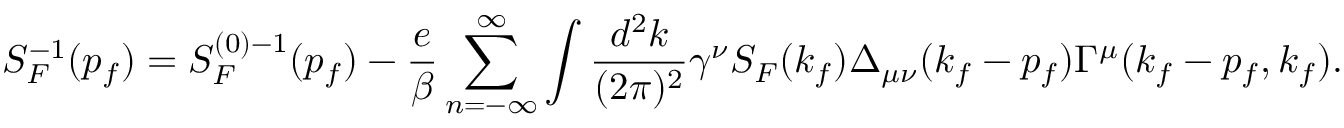
S _ { F } ^ { - 1 } ( p _ { f } ) = S _ { F } ^ { ( 0 ) - 1 } ( p _ { f } ) - { \frac { e } { \beta } } \sum _ { n = - \infty } ^ { \infty } \int { \frac { d ^ { 2 } k } { ( 2 \pi ) ^ { 2 } } } \gamma ^ { \nu } S _ { F } ( k _ { f } ) \Delta _ { \mu \nu } ( k _ { f } - p _ { f } ) \Gamma ^ { \mu } ( k _ { f } - p _ { f } , k _ { f } ) .